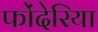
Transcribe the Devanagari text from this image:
फोंदेरिया